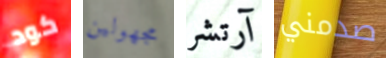
كود مجهولين آرتشر صدمني